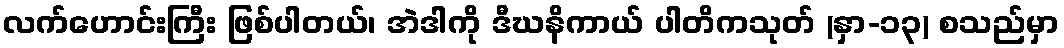
လက်ဟောင်းကြီး ဖြစ်ပါတယ်၊ အဲဒါကို ဒီဃနိကာယ် ပါတိကသုတ် (နှာ-၁၃) စသည်မှာ